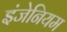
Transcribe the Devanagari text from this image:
इंजेनियम